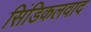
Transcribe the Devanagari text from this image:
सिंडिकलवाद